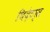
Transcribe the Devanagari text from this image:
थिय़ेटर्स